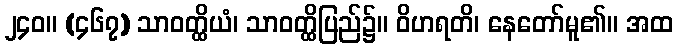
၂၄၀။ (၄၆၇) သာဝတ္ထိယံ၊ သာဝတ္ထိပြည်၌။ ဝိဟရတိ၊ နေတော်မူ၏။ အထ